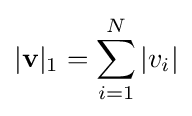
|\mathbf {v} |_{1}=\sum _{i=1}^{N}|v_{i}|